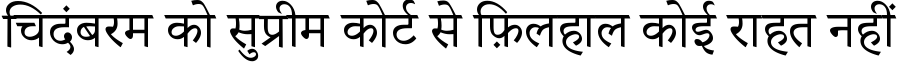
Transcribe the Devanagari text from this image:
चिदंबरम को सुप्रीम कोर्ट से फ़िलहाल कोई राहत नहीं